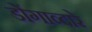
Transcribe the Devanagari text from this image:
डोंगाव्दारे